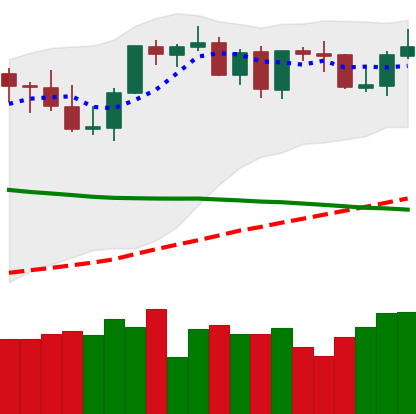
Ticker: BTC-USD
Chart end date: 2021-09-02
Forward return: -5.102%
Label: down_5_7